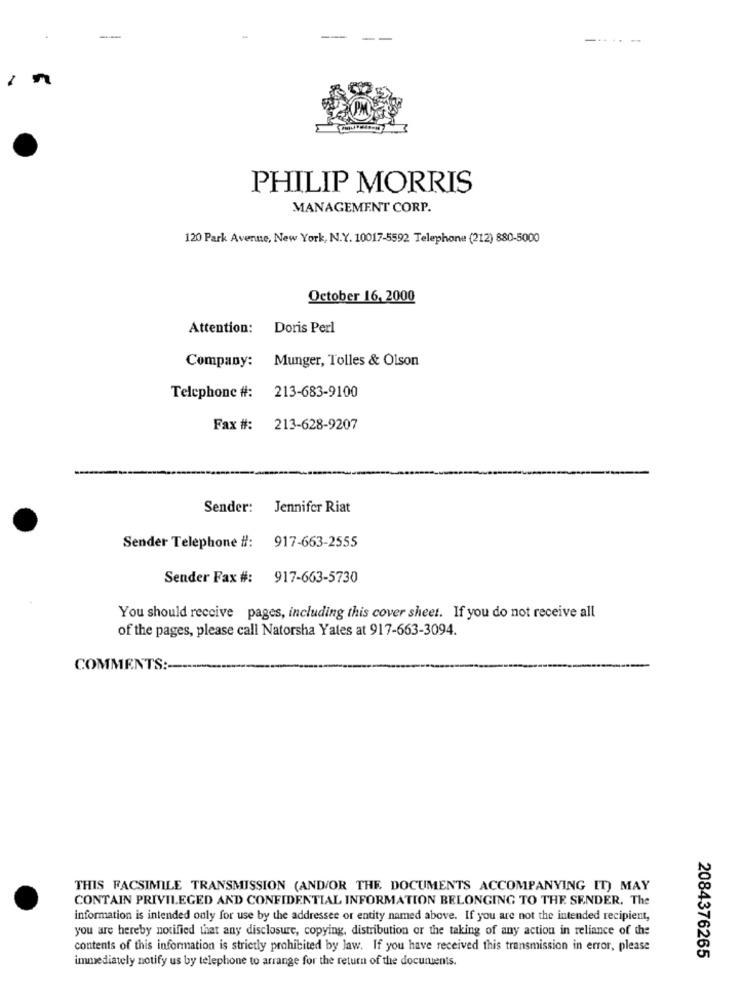
1
PHILIP MORRIS
MANAGEMENT CORP.
120 Park Avenue, New York, N.Y. 10017-5592 Telephone (212) 880-5000
October 16, 2000
Attention: Doris Perl
Company:
Munger, Tolles & Olson
213-683-9100
Telephone #:
Fax #: 213-628-9207
Sender:
Jennifer Riat
917-663-2555
Sender Telephone #:
Sender Fax #: 917-663-5730
You should receive pages, including this cover sheet. If you do not receive all
of the pages, please call Natorsha Yales at 917-663-3094.
COMMENTS :-
THIS FACSIMILE TRANSMISSION (AND/OR THE DOCUMENTS ACCOMPANYING IT) MAY
CONTAIN PRIVILEGED AND CONFIDENTIAL INFORMATION BELONGING TO THE SENDER. The
information is intended only for use by the addressee or entity named above. If you are not the intended recipient,
you are hereby notified that any disclosure, copying, distribution or the taking of any action in reliance of the
contents of this information is strictly prohibited by law. If you have received this transmission in error, please
immediately notify us by telephone to arrange for the return of the documents.
2084376265